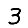
Digit: 3